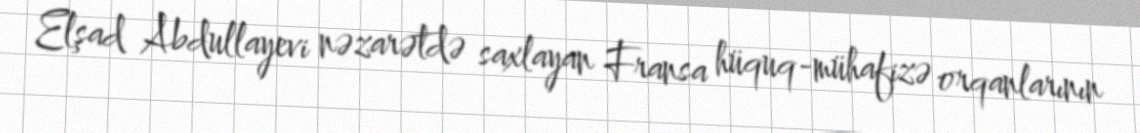
Elşad Abdullayevi nəzarətdə saxlayan Fransa hüquq-mühafizə orqanlarının